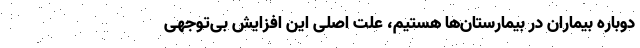
دوباره بیماران در بیمارستان‌ها هستیم، علت اصلی این افزایش بی‌توجهی